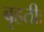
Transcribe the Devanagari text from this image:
बृहतीः